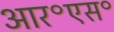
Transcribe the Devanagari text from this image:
आर॰एस॰